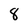
Character: 8